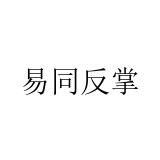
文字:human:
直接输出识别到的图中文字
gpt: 易同反掌